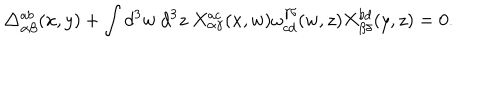
\triangle _ { \alpha \beta } ^ { a b } ( x , y ) + \int d ^ { 3 } w ~ d ^ { 3 } z ~ X _ { \alpha \gamma } ^ { a c } ( x , w ) \omega _ { c d } ^ { \gamma \delta } ( w , z ) X _ { \beta \delta } ^ { b d } ( y , z ) = 0 .